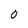
Character: 0